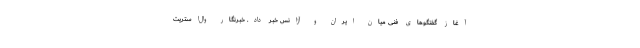
آغاز گفتگوهای فنی میان ایران و آژانس خبر داد. خبرنگار وال‌استریت